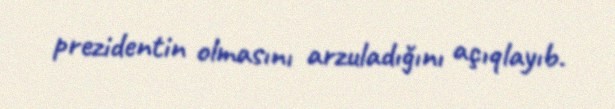
prezidentin olmasını arzuladığını açıqlayıb.